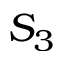
S _ { 3 }